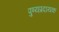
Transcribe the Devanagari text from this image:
पुण्यप्रदायक